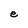
Character: e